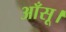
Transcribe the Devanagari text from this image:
आँसू।